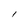
Character: l